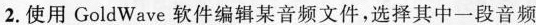
2.使用GoldWave软件编辑某音频文件，选择其中一段音频